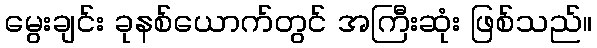
မွေးချင်း ခုနစ်ယောက်တွင် အကြီးဆုံး ဖြစ်သည်။